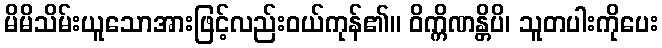
မိမိသိမ်းယူသောအားဖြင့်လည်းဝယ်ကုန်၏။ ဝိက္ကိဏန္တိပိ၊ သူတပါးကိုပေး